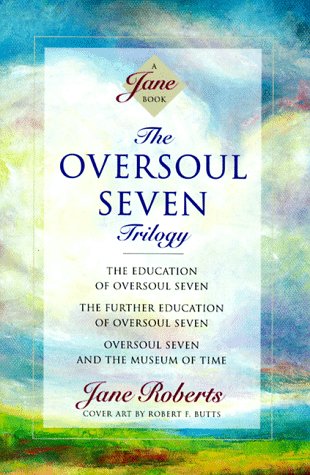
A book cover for The Oversoul Seven Trilogy: The Education of Oversoul Seven, The Further Education of Oversoul Seven, Oversoul Seven and the Museum of Time (Roberts, Jane); Jane Roberts; Literature & Fiction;